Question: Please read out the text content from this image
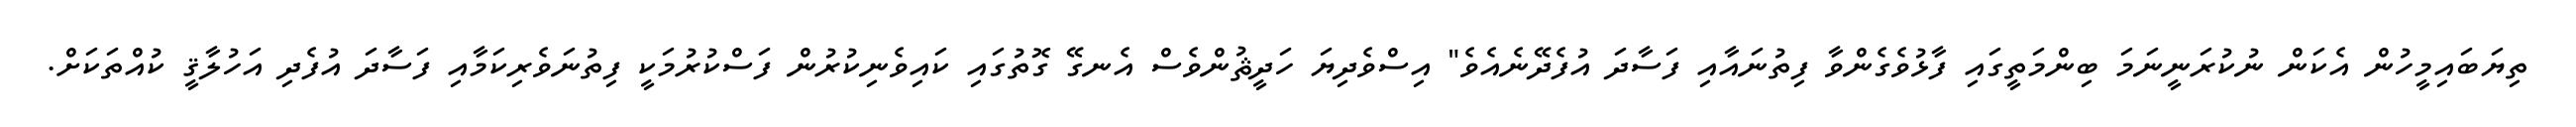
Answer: ތިޔަބައިމީހުން އެކަން ނުކުރަނީނަމަ ބިންމަތީގައި ފާޅުވެގެންވާ ފިތުނައާއި ފަސާދަ އުފެދޭނެއެވެ" އިސްވެދިޔަ ހަދީޘުންވެސް އެނގޭ ގޮތުގައި ކައިވެނިކުރުން ފަސްކުރުމަކީ ފިތުނަވެރިކަމާއި ފަސާދަ އުފެދި އަހުލާޤީ ކުއްތަކަށް.